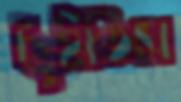
ছুঁইতিস